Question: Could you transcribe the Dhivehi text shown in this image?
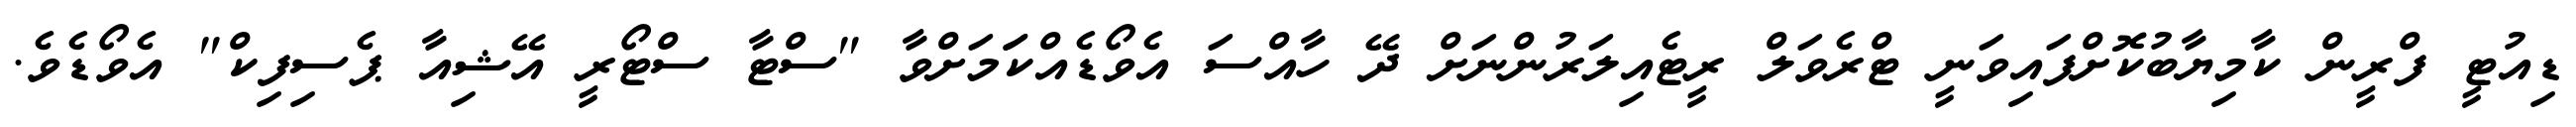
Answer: ޑިއުޓީ ފްރީން ކާމިޔާބުކޮށްފައިވަނީ ޓްރެވަލް ރީޓެއިލަރުންނަށް ދޭ ހާއްސަ އެވޯޑެއްކަަމަށްވާ "ސްޓާ ސްޓޯރީ އޭޝިއާ ޕެސިފިކް" އެވޯޑެވެ.